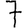
Digit: 7